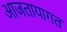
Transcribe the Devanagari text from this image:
आजतायागत